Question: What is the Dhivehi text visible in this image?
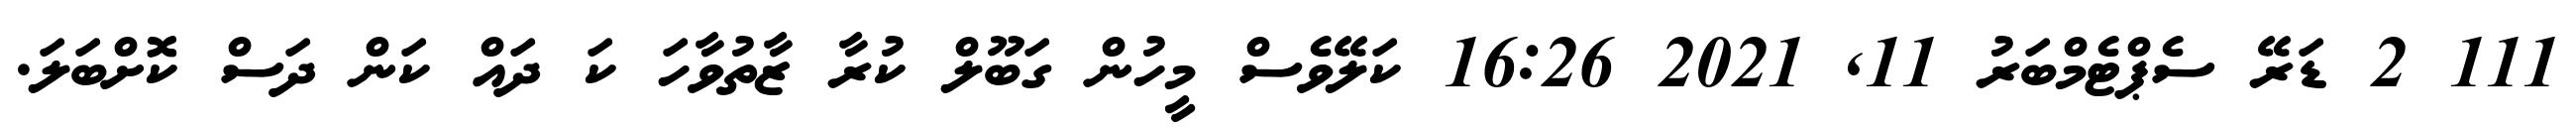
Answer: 111 2 ޑަރޭ ސެޕްޓެމްބަރު 11, 2021 16:26 ކަލޭވެސް މީހުން ގަބޫލް ކުރާ ޒާތުވާހަ ކަ ދައް ކަން ދަސް ކޮށްބަލަ.